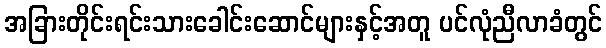
အခြားတိုင်းရင်းသားခေါင်းဆောင်များနှင့်အတူ ပင်လုံညီလာခံတွင်